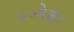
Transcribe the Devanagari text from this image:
७०पेक्षा